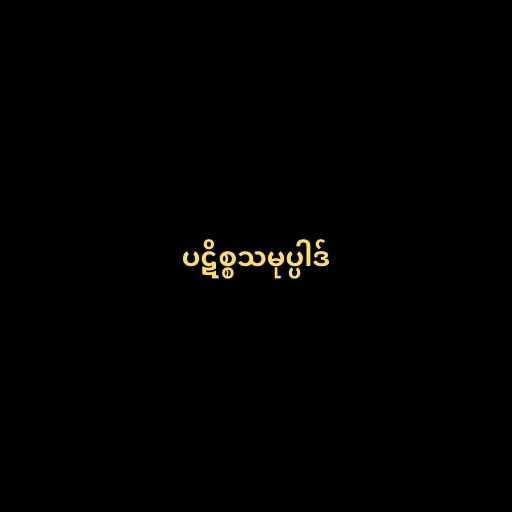
ပဋိစ္စသမုပ္ပါဒ်